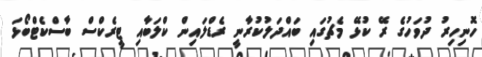
ހޮނިހިރު ދުވަހުގެ ރޭ ކުޅޭ މެޗުގައި ބައްދަލުކުރާނީ ރެޑްލައިން ކްލަބާއި ޓީރެކްސް ބާސްކެޓްބޯޅަ